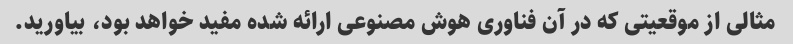
مثالی از موقعیتی که در آن فناوری هوش مصنوعی ارائه شده مفید خواهد بود، بیاورید.